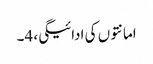
امانتوں کی ادائیگی، 4۔